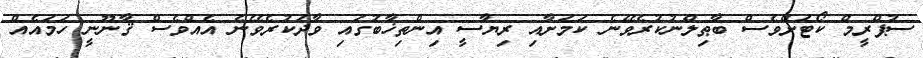
ސުޕްރީމް ކޯޓަށްވެސް ބާޠިލްނުކުރެވޭނެ ކަމަށާއި ރިޔާސީ އިންތިޚާބުގައި ވާދަކުރެވޭނެ އެއްވެސް ޤާނޫނީ ހަމައެއް